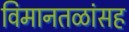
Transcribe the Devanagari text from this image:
विमानतळांसह